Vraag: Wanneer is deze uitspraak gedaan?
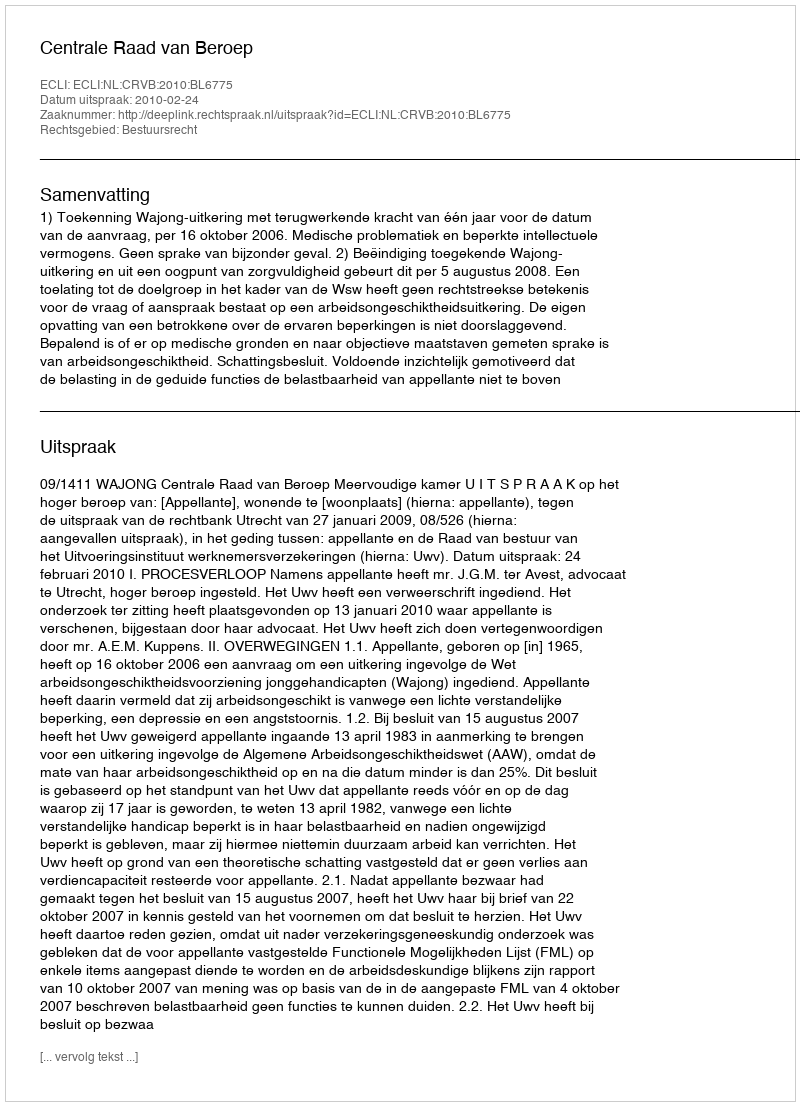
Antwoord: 2010-02-24